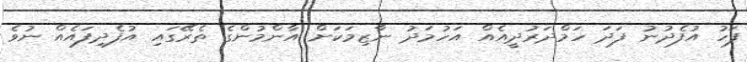
ފަހު އުފެދުނު ފަދަ ހަމްދަރުދީއެއް އަހުމަދު ނާޒިމަކަށް އާންމުންގެ ތެރޭގައި އުފެދިފައެއް ނުވެ